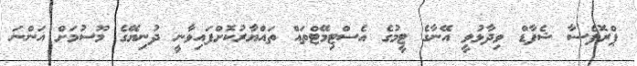
ޕްރޮފެސާ ޝެފާޑް ވިދާޅުވީ އޭނާގެ ޓީމުގެ އެސްޓިމޭޓްތައް ތައްޔާރުކޮށްފައިވާނީ ދުނިޔޭގެ މޫސުމަށް އަންނަ